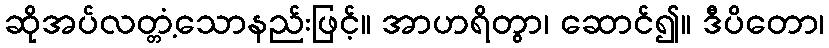
ဆိုအပ်လတ္တံ့သောနည်းဖြင့်။ အာဟရိတွာ၊ ဆောင်၍။ ဒီပိတော၊